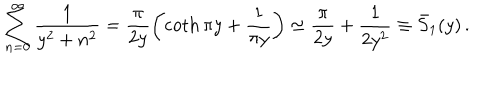
\sum _ { n = 0 } ^ { \infty } \frac { 1 } { y ^ { 2 } + n ^ { 2 } } = \frac { \pi } { 2 y } \left( \coth \pi y + \frac { 1 } { \pi y } \right) \simeq \frac { \pi } { 2 y } + \frac { 1 } { 2 y ^ { 2 } } \equiv \bar { S } _ { 1 } ( y ) \, { . }